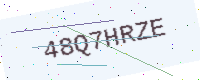
Text: 48Q7HRZE